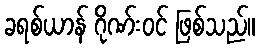
ခရစ်ယာန် ဂိုဏ်းဝင် ဖြစ်သည်။